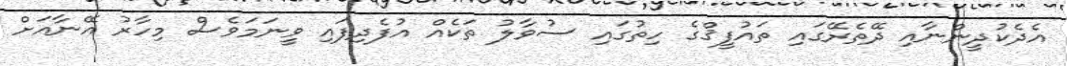
އެދެކުދީންނާއި ދޭތެރޭގައި ތައުފީޤްގެ ހިތުގައި ސުވާލު ތަކެއް އުފެދިފައި ވީނަމަވެސް މިހާރު އޭނާއަށް